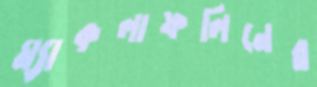
ম্যাকলাফলিনের